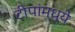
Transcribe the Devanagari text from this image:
टीपांमध्ये